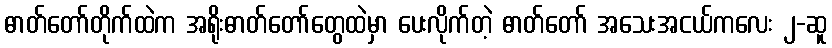
ဓာတ်တော်တိုက်ထဲက အရိုးဓာတ်တော်တွေထဲမှာ ပေးလိုက်တဲ့ ဓာတ်တော် အသေးအငယ်ကလေး ၂-ဆူ